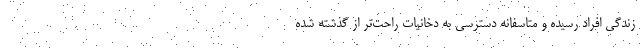
زندگی افراد رسیده و متاسفانه دسترسی به دخانیات راحت‌تر از گذشته شده